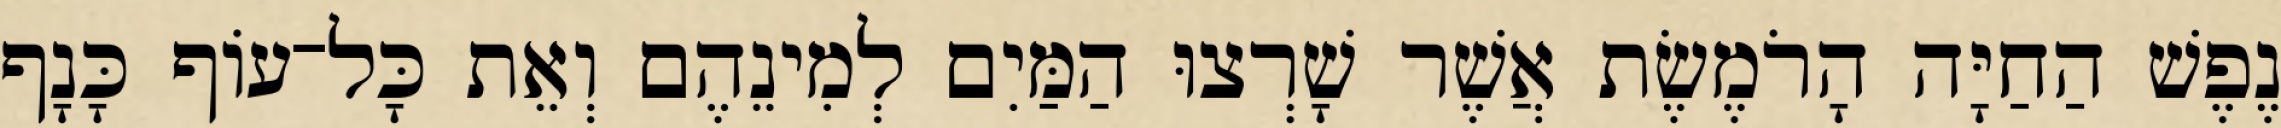
נֶפֶשׁ הַחַיָּה הָרֹמֶשֶׂת אֲשֶׁר שָׁרְצוּ הַמַּיִם לְמִינֵהֶם וְאֵת כָּל־עֹוף כָּנָף